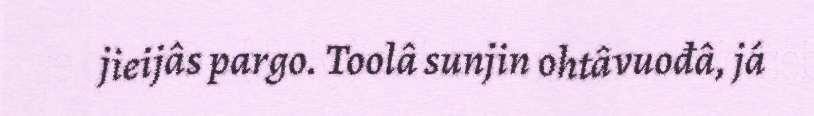
jieijâs pargo. Toolâ sunjin ohtâvuođâ, já